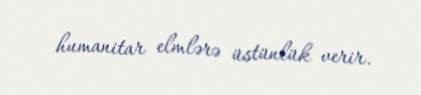
humanitar elmlərə üstünlük verir.